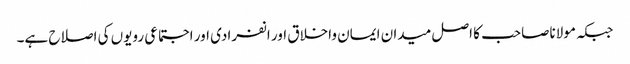
جبکہ مولاناصاحب کا اصل میدان ایمان واخلاق اور انفرادی اور اجتماعی رویوں کی اصلاح ہے۔